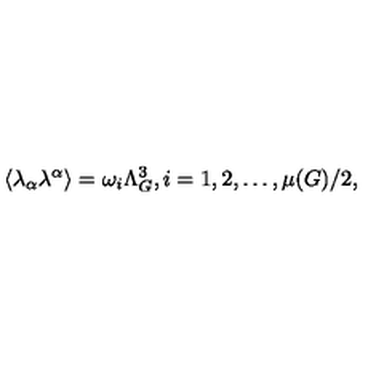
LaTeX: \langle \lambda _ { \alpha } \lambda ^ { \alpha } \rangle = \omega _ { i } \Lambda _ { G } ^ { 3 } , i = 1 , 2 , \ldots , \mu ( G ) / 2 ,